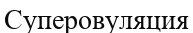
Суперовуляция